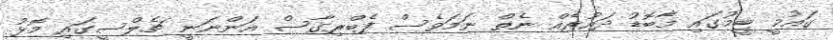
ގައުމީ ޓީމުގައި މާބޮޑު ދައުރެއް ނެތް ނަމަވެސް ފެބްރިގާސް އަންނަނީ ޗެލްސީގައި މޮޅު